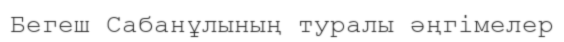
Бегеш Сабанұлының туралы әңгімелер